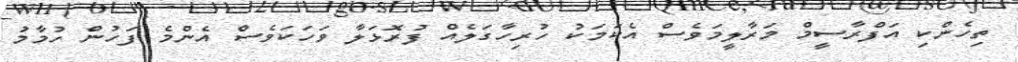
ތިހެންކި އަފްރާސީމް މަރާލީމަވެސް އެކަމަކު ހުރިހާގަލެއް ފުރޮޅަލާ ވަަހަކަވެސް އެންމެ ފަހުން ހުމާމު